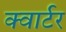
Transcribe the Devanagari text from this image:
क्‍वार्टर